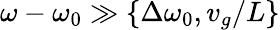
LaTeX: \omega-\omega_{0}\gg\{ \Delta\omega_{0},v_{g}/L\}